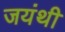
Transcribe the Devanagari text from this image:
जयंथी